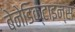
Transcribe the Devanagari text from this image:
बेनेडिक्टाइन्स